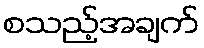
စသည့်အချက်